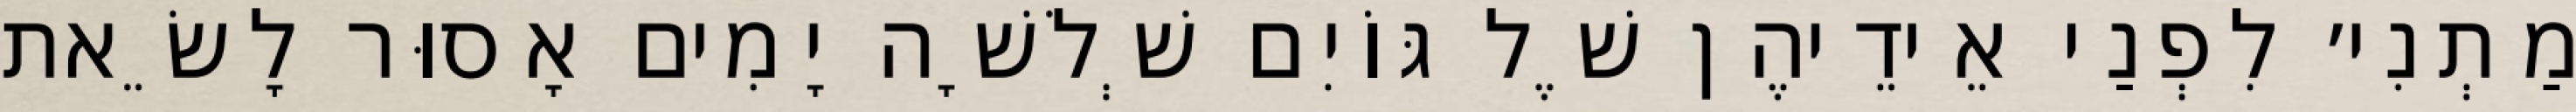
מַתְנִי׳ לִפְנַי אֵידֵיהֶן שֶׁל גּוֹיִם שְׁלֹשָׁה יָמִים אָסוּר לָשֵׂאת